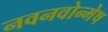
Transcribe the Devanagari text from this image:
नवनवोन्मेष